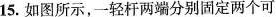
15.如图所示，一轻杆两端分别固定两个可